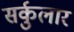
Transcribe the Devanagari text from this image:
सर्कुलार